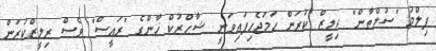
ފިލްމު "ސުލްތާން" ރިލީޒް ކުރަން ހަމަޖެހިފައިވަނީ ޝާހްރުކް ޚާންގެ "ރައީސް" ވެސް ރިލީޒްކުރަން